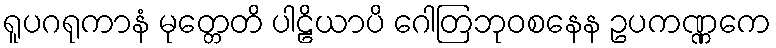
ရူပဂရုကာနံ မုတ္တေတိ ပါဠိယာပိ ဂေါတြဘုဝစနေန ဥပကဏ္ဏကေ